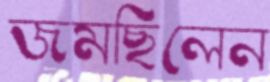
জমছিলেন